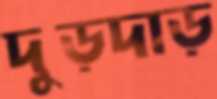
দুড়দাড়